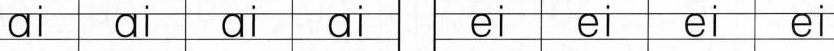
ai ai ai ai ei ei ei ei